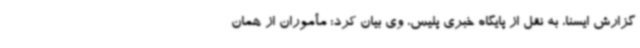
گزارش ایسنا، به نقل از پایگاه خبری پلیس، وی بیان کرد: مأموران از همان